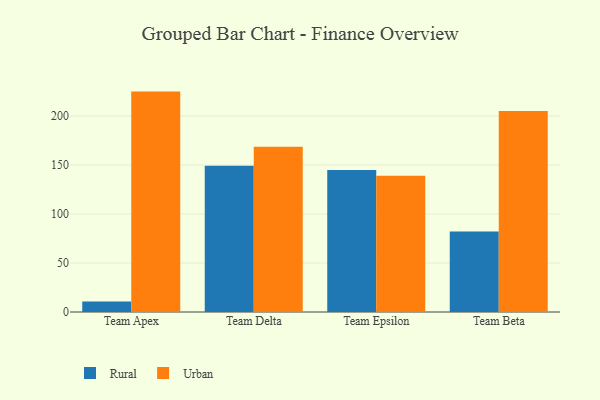
{"axis": {"x": "Team", "y": "Latency (ms)"}, "legend": ["Rural", "Urban"], "data": [{"x": "Team Apex", "y": 10.6, "type": "Rural"}, {"x": "Team Apex", "y": 224.9, "type": "Urban"}, {"x": "Team Delta", "y": 149.3, "type": "Rural"}, {"x": "Team Delta", "y": 168.7, "type": "Urban"}, {"x": "Team Epsilon", "y": 144.9, "type": "Rural"}, {"x": "Team Epsilon", "y": 139.0, "type": "Urban"}, {"x": "Team Beta", "y": 82.1, "type": "Rural"}, {"x": "Team Beta", "y": 205.2, "type": "Urban"}]}